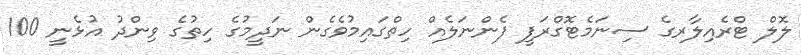
ލޮލް ޓްރެއިލާރގެ ސިނަމެޓޮގްރަފީ ފެންނަލެއް ހިތްގައިމުވެގެން ނަދީމުގެ ހިތުގެ ވިންދު އުޅެނީ 100